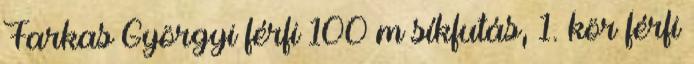
Farkas Györgyi férfi 100 m síkfutás, 1. kör férfi